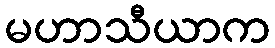
မဟာသီယာက